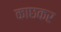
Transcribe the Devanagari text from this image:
काछकर